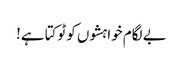
بے لگام خواہشوں کو ٹوکتا ہے!